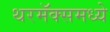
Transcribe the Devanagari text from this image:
थरमॅक्समध्ये